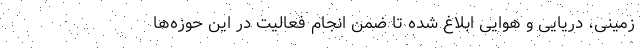
زمینی، دریایی و هوایی ابلاغ شده تا ضمن انجام فعالیت در این حوزه‌ها